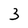
Character: 3